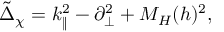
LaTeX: \tilde { \Delta } _ { \chi } = k _ { \| } ^ { 2 } - \partial _ { \bot } ^ { 2 } + M _ { H } ( h ) ^ { 2 } ,